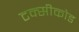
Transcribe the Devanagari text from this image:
टक्सीकोड